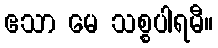
ဧသာ မေ သစ္စပါရမီ။